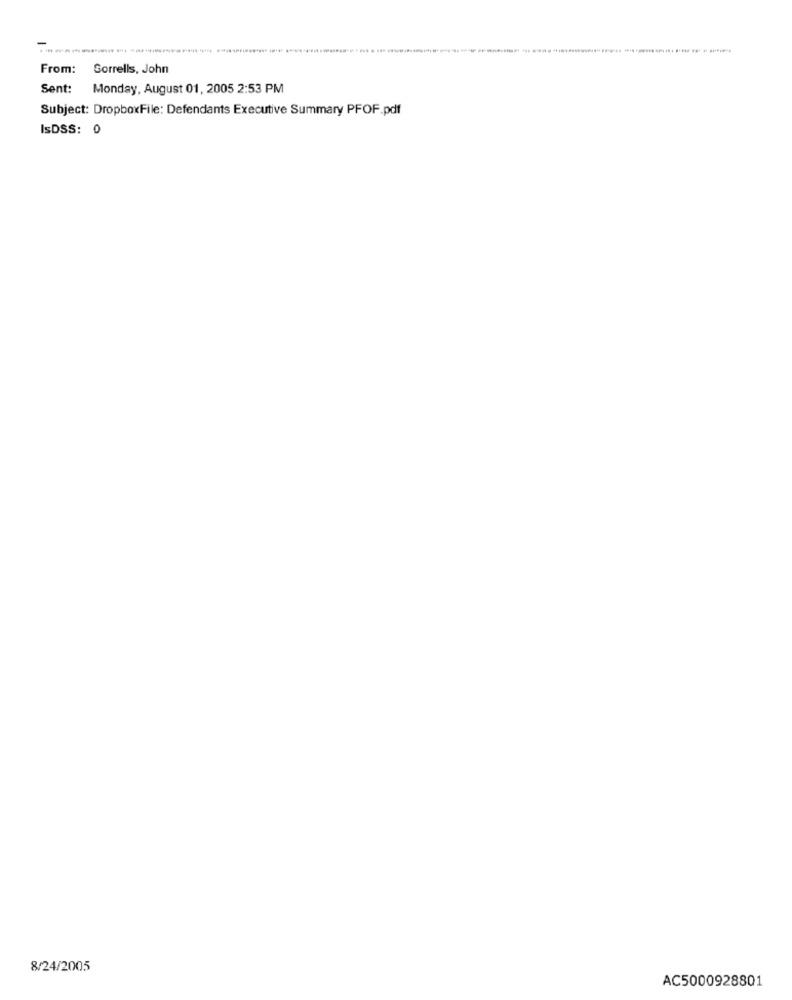
From: Sorrells, John
Sent: Monday, August 01, 2005 2:53 PM
Subject: DropboxFile: Defendants Executive Summary PFOF.pdf
IsDSS: 0
8/24/2005
AC5000928801